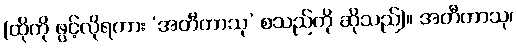
(ထိုကို ဖွင့်လိုရကား ‘အတီတာသု’ စသည်ကို ဆိုသည်)။ အတီတာသု၊